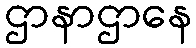
ဌာနာဌာနေ